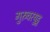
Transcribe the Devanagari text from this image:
गुरुवरयुडू